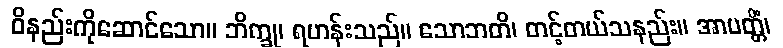
ဝိနည်းကိုဆောင်သော။ ဘိက္ခု၊ ရဟန်းသည်။ သောဘတိ၊ တင့်တယ်သနည်း။ အာပတ္တိံ၊